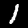
Label: 1